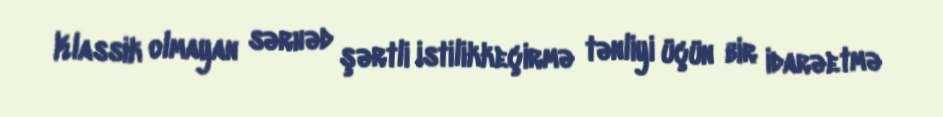
Klassik olmayan sərhəd şərtli istilikkeçirmə tənliyi üçün bir idarəetmə